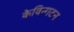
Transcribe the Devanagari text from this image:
केविन्गटन